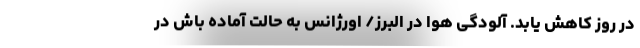
در روز کاهش یابد. آلودگی هوا در البرز/ اورژانس به حالت آماده باش در